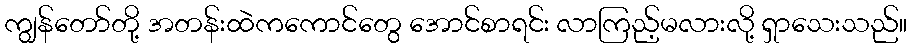
ကျွန်တော်တို့ အတန်းထဲကကောင်တွေ အောင်စာရင်း လာကြည့်မလားလို့ ရှာသေးသည်။